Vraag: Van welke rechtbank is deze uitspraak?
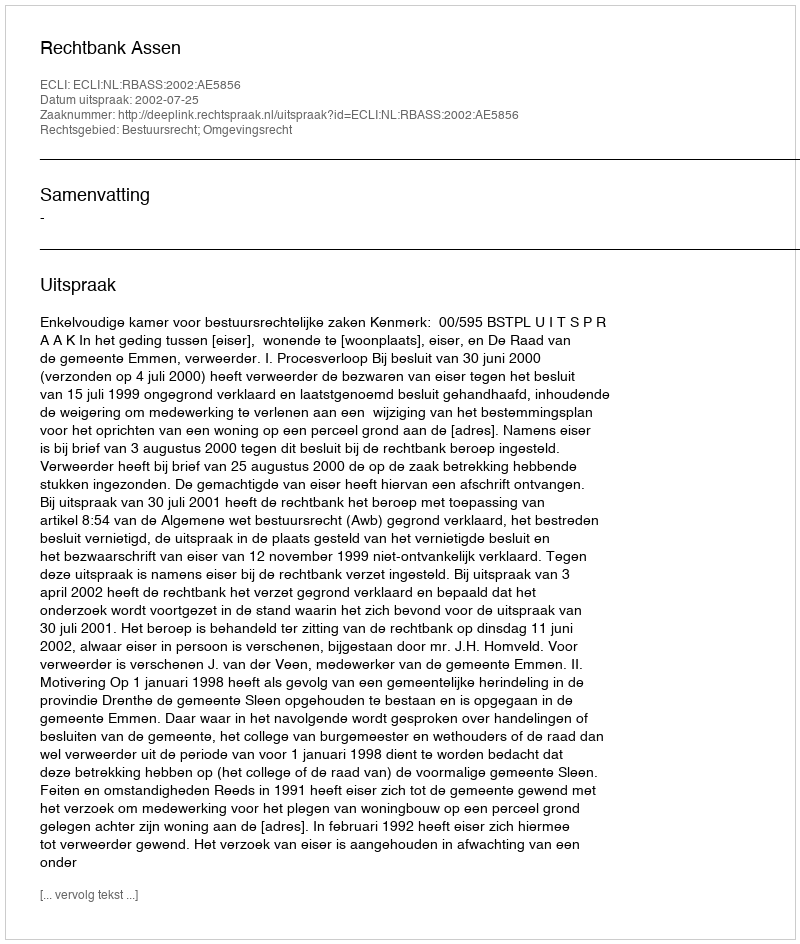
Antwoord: Rechtbank Assen